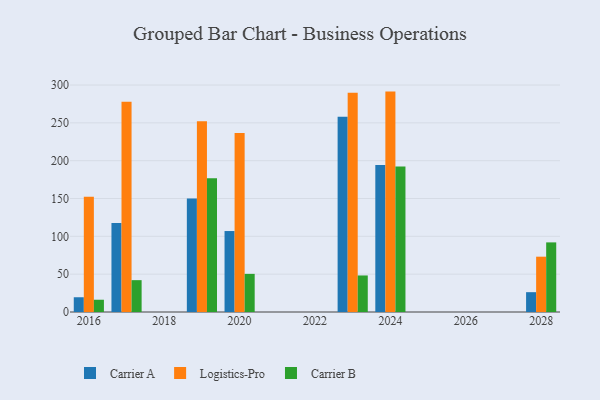
{"axis": {"x": "Year", "y": "Page Views"}, "legend": ["Carrier A", "Carrier B", "Logistics-Pro"], "data": [{"x": "2023", "y": 258.2, "type": "Carrier A"}, {"x": "2023", "y": 289.7, "type": "Logistics-Pro"}, {"x": "2023", "y": 48.3, "type": "Carrier B"}, {"x": "2024", "y": 194.3, "type": "Carrier A"}, {"x": "2024", "y": 291.3, "type": "Logistics-Pro"}, {"x": "2024", "y": 192.3, "type": "Carrier B"}, {"x": "2019", "y": 149.9, "type": "Carrier A"}, {"x": "2019", "y": 252.1, "type": "Logistics-Pro"}, {"x": "2019", "y": 176.8, "type": "Carrier B"}, {"x": "2020", "y": 107.0, "type": "Carrier A"}, {"x": "2020", "y": 236.6, "type": "Logistics-Pro"}, {"x": "2020", "y": 50.4, "type": "Carrier B"}, {"x": "2028", "y": 26.2, "type": "Carrier A"}, {"x": "2028", "y": 73.1, "type": "Logistics-Pro"}, {"x": "2028", "y": 92.0, "type": "Carrier B"}, {"x": "2016", "y": 19.5, "type": "Carrier A"}, {"x": "2016", "y": 152.4, "type": "Logistics-Pro"}, {"x": "2016", "y": 16.2, "type": "Carrier B"}, {"x": "2017", "y": 117.6, "type": "Carrier A"}, {"x": "2017", "y": 277.9, "type": "Logistics-Pro"}, {"x": "2017", "y": 42.1, "type": "Carrier B"}]}